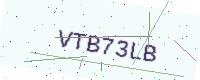
Text: VTB73LB